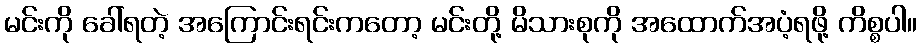
မင်းကို ခေါ်ရတဲ့ အကြောင်းရင်းကတော့ မင်းတို့ မိသားစုကို အထောက်အပံ့ရဖို့ ကိစ္စပါ။